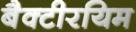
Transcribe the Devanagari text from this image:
बैक्टीरयिम